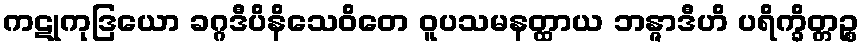
ကဋုကုဒြယော ခဂ္ဂဒီပိနိသေဝိတေ ဝူပသမနတ္ထာယ ဘန္ဇာဒီဟိ ပရိက္ခိတ္တဉ္စ